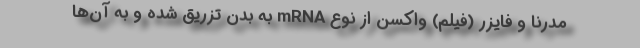
مدرنا و فایزر (فیلم) واکسن از نوع mRNA به بدن تزریق شده و به آن‌ها